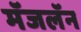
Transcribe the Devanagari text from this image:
मॅजलॅन